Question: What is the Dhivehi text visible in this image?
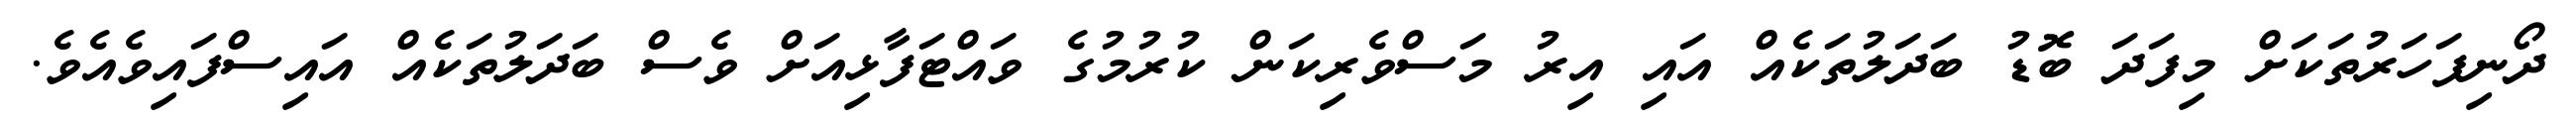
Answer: ދޯނިފަހަރުތަކަށް މިފަދަ ބޮޑު ބަދަލުތަކެއް އައި އިރު މަސްވެރިކަން ކުރުމުގެ ވައްޓަފާޅިއަށް ވެސް ބަދަލުތަކެއް އައިސްފައިވެއެވެ.